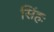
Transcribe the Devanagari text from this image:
सिंहः